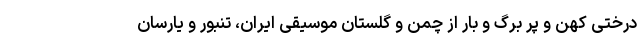
درختی کهن و پر برگ و بار از چمن و گلستان موسیقی ایران، تنبور و یارسان